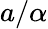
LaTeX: a/\alpha